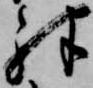
殊